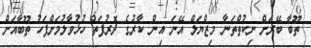
ތޫބާ ބޭރަށް ނިކުތްތަނާ މިޒްޔަލް އޭނަ އިން ކާރުގެ ދޮރުފަތް ހުޅުވާލުމަށްފަހު ތޫބާއަށް